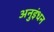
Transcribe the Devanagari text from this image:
अनुइंधन